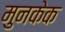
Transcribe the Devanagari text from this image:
मुनकेक